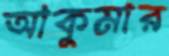
আকুমার